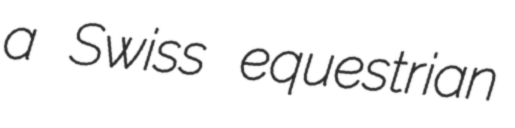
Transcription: a Swiss equestrian